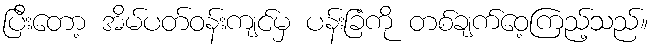
ပြီးတော့ အိမ်ပတ်ဝန်းကျင်မှ ပန်းခြံကို တစ်ချက်ဝေ့ကြည့်သည်။